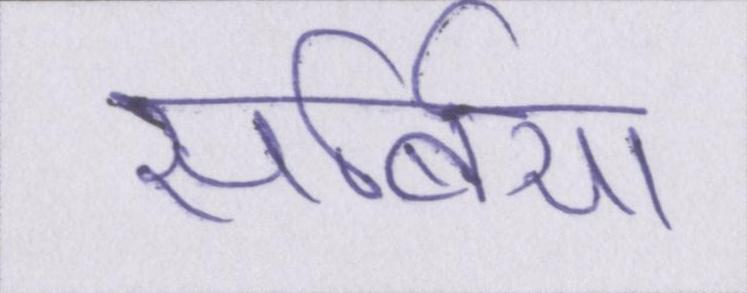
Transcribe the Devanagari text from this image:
सर्बिया